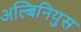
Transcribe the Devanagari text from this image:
अल्बिनियुस